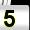
Digit: 5